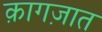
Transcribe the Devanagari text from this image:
क़ागज़ात